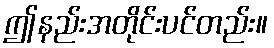
ဤနည်းအတိုင်းပင်တည်း။